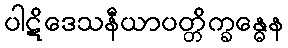
ပါဋိဒေသနီယာပတ္တိက္ခန္ဓေန